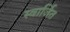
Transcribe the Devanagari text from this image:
स्वार्जित